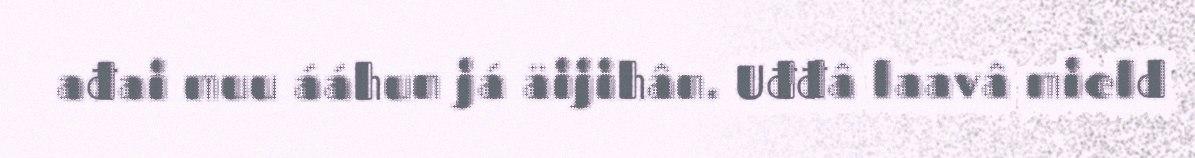
ađai muu ááhun já äijihân. Uđđâ laavâ mield